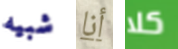
شبيه أنا كلا